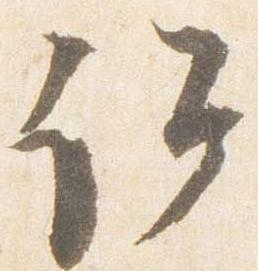
詔